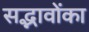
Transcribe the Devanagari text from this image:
सद्भावोंका